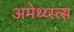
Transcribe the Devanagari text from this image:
अमेथ्य्स्त्स